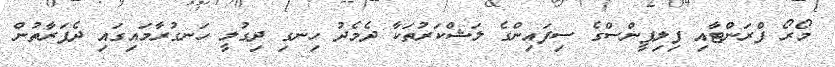
މޯރޯ ފްރަންޓާއި ފިލިޕީންސްގެ ސިފައިންގެ ލަޝްކަރުތަކާ ދެމެދު ހިނގި ދިގުލީ ހަނގުރާމައިގައި ދެފަރާތުން